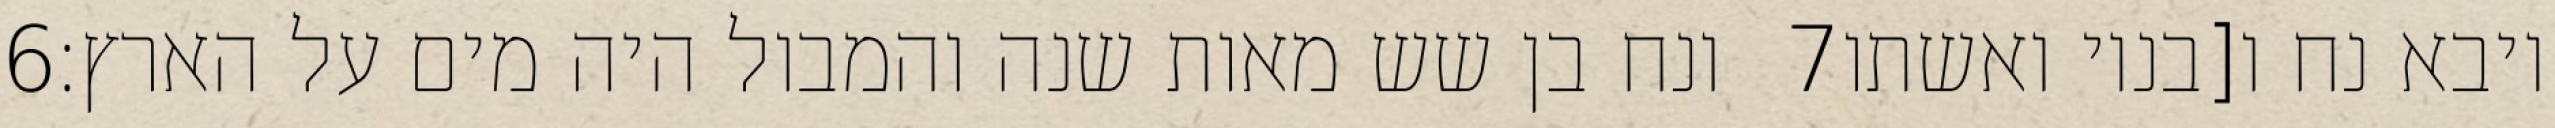
‎6‏ ונח בן שש מאות שנה והמבול היה מים על הארץ׃ ‎7‏ ויבא נח ו[בניו ואשתו